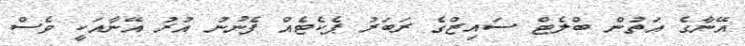
އޭނާގެ އަތުން ބްލެޓް ސައިޒްގެ ރަބަރު ޕެކެޓެއް ފެނުނު އުރު އޭނާއަކީ ވެސް